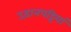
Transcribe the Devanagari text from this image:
उड़ानपट्टियां